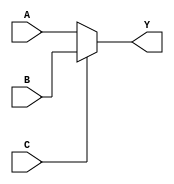
module mux_2to1 (
    input wire A,
    input wire B,
    input wire C,
    output reg Y
);

always @(*) begin
    if (C == 0) begin
        Y = A;
    end else begin
        Y = B;
    end
end

endmodule